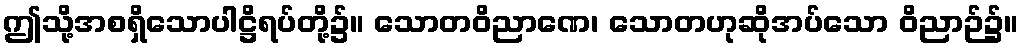
ဤသို့အစရှိသောပါဋ္ဌိရပ်တို့၌။ သောတဝိညာဏေ၊ သောတဟုဆိုအပ်သော ဝိညာဉ်၌။